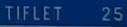
TIFLET25